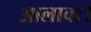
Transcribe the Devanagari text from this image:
आलावा।